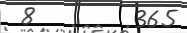
8        365